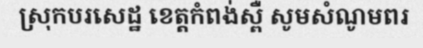
ស្រុកបរសេដ្ឋ ខេត្តកំពង់ស្ពឺ សូមសំណូមពរ